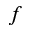
f